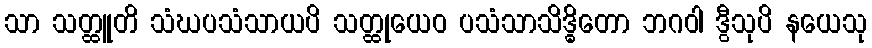
သာ သတ္ထူတိ သံဃပသံသာယပိ သတ္ထုယေဝ ပသံသာသိဒ္ဓိတော ဘဂဝါ ဒွီသုပိ နယေသု